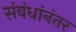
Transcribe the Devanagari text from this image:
संबंधांनंतर